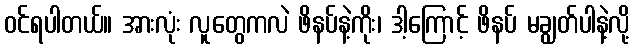
ဝင်ရပါတယ်။ အားလုံး လူတွေကလဲ ဖိနပ်နဲ့ကိုး၊ ဒါ့ကြောင့် ဖိနပ် မချွတ်ပါနဲ့လို့